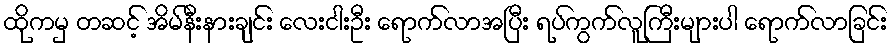
ထိုကမှ တဆင့် အိမ်နီးနားချင်း လေးငါးဦး ရောက်လာအပြီး ရပ်ကွက်လူကြီးများပါ ရောက်လာခြင်း